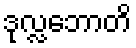
ဒုလ္လဘောတိ